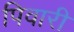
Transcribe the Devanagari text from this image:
पिवारी